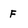
Character: F